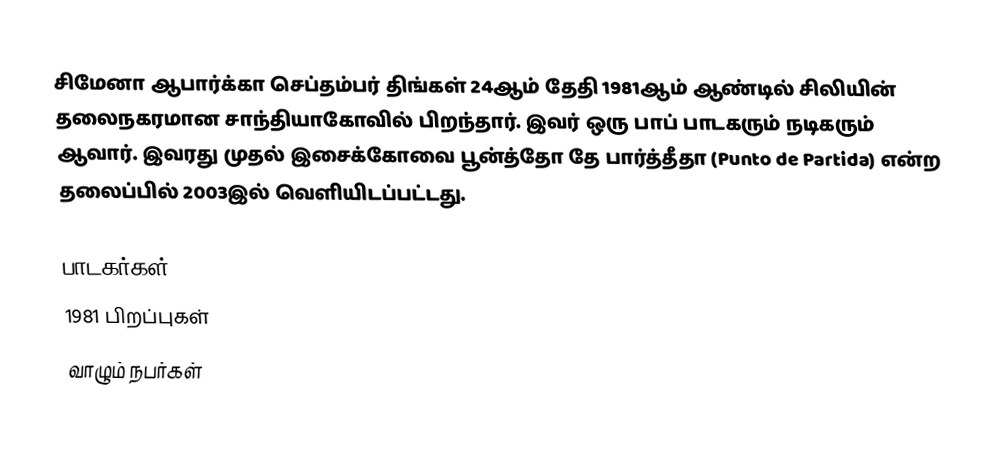
சிமேனா ஆபார்க்கா செப்தம்பர் திங்கள் 24ஆம் தேதி 1981ஆம் ஆண்டில் சிலியின் தலைநகரமான சாந்தியாகோவில் பிறந்தார். இவர் ஒரு பாப் பாடகரும் நடிகரும் ஆவார். இவரது முதல் இசைக்கோவை பூன்த்தோ தே பார்த்தீதா (Punto de Partida) என்ற தலைப்பில் 2003இல் வெளியிடப்பட்டது.

பாடகர்கள்
1981 பிறப்புகள்
வாழும் நபர்கள்